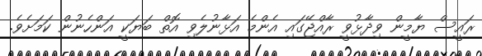
ރައީސް ޔާމީން ވިދާޅުވީ ރާއްޖޭގައި އެންމެ އަޅާނުލެވި އޮތް ބަޔަކީ އަންހެނުން ކަމަށެވެ.